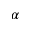
\alpha